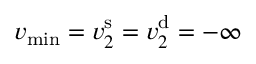
v _ { \operatorname* { m i n } } = v _ { 2 } ^ { \mathrm { s } } = v _ { 2 } ^ { \mathrm { d } } = - \infty